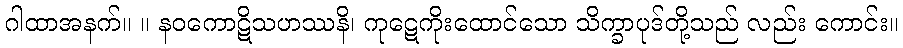
ဂါထာအနက်။ ။ နဝကောဋိသဟဿနိ၊ ကုဋေကိုးထောင်သော သိက္ခာပုဒ်တို့သည် လည်း ကောင်း။